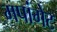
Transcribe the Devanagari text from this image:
मपांगेट